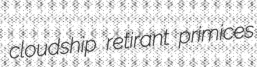
cloudship retirant primices